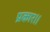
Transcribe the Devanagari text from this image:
प्रकार॥